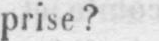
prise?